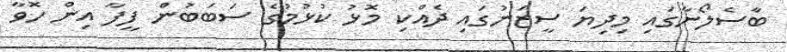
ބާސެލޯނާގައި މިދިޔަ ސީޒަނުގައި ދެއްކި މޮޅު ކުޅުމުގެ ސަބަބުން ފީފާ އިން ހޮވާ